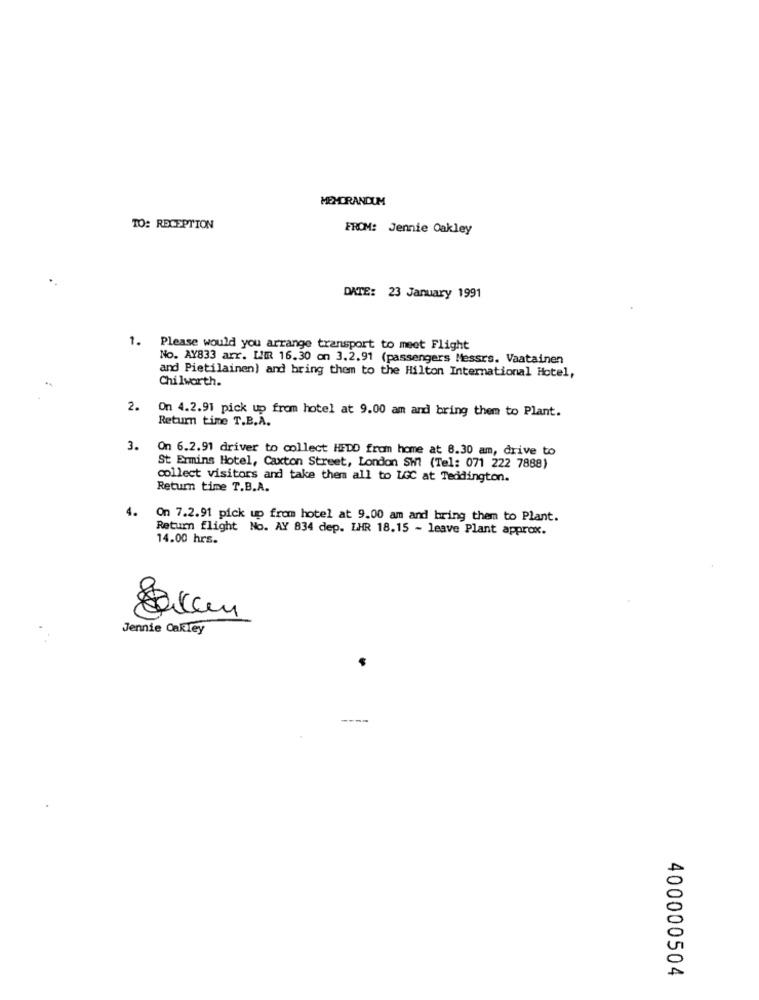
MEMORANDUM
TO: RECEPTION
FROM: Jennie Oakley
DATE: 23 January 1991
1.
Please would you arrange transport to meet Flight
No. AY833 arr. L'R 16.30 on 3.2.91 (passengers Messrs. Vaatainen
and Pietilainen) and bring them to the Hilton International Hotel,
Chilworth.
2.
On 4.2.91 pick up from hotel at 9.00 am and bring them to Plant.
Return time T.B.A.
3.
On 6.2.91 driver to collect HEDD from home at 8.30 am, drive to
St Ermins Hotel, Caxton Street, London SW7 (Tel: 071 222 7888)
collect visitors and take them all to LGC at Teddington.
Return time T.B.A.
4.
On 7.2.91 pick up from hotel at 9.00 am and bring them to Plant.
Return flight No. AY 834 dep. LHR 18.15 - leave Plant approx.
14.00 hrs.
Jennie Cakley
400000504